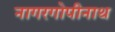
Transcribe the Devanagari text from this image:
नागरगोपीनाथ